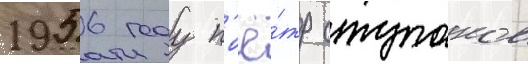
1956 году п'ё́тр ступаков